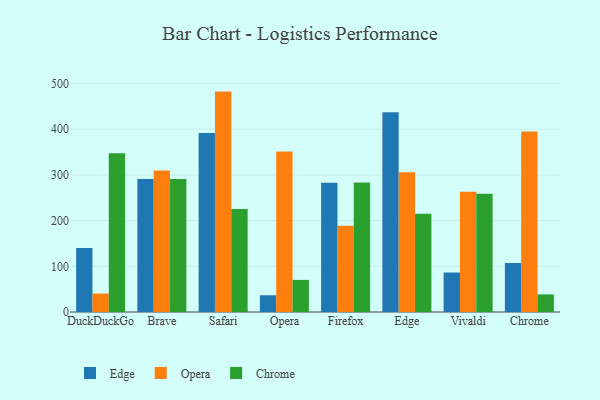
{"axis": {"x": "Browser", "y": "Bounce Rate (%)"}, "legend": ["Chrome", "Edge", "Opera"], "data": [{"x": "DuckDuckGo", "y": 140.2, "type": "Edge"}, {"x": "DuckDuckGo", "y": 40.5, "type": "Opera"}, {"x": "DuckDuckGo", "y": 347.5, "type": "Chrome"}, {"x": "Brave", "y": 290.8, "type": "Edge"}, {"x": "Brave", "y": 309.7, "type": "Opera"}, {"x": "Brave", "y": 291.3, "type": "Chrome"}, {"x": "Safari", "y": 391.8, "type": "Edge"}, {"x": "Safari", "y": 482.3, "type": "Opera"}, {"x": "Safari", "y": 225.3, "type": "Chrome"}, {"x": "Opera", "y": 36.6, "type": "Edge"}, {"x": "Opera", "y": 351.2, "type": "Opera"}, {"x": "Opera", "y": 70.2, "type": "Chrome"}, {"x": "Firefox", "y": 282.7, "type": "Edge"}, {"x": "Firefox", "y": 188.9, "type": "Opera"}, {"x": "Firefox", "y": 283.5, "type": "Chrome"}, {"x": "Edge", "y": 437.2, "type": "Edge"}, {"x": "Edge", "y": 306.0, "type": "Opera"}, {"x": "Edge", "y": 215.0, "type": "Chrome"}, {"x": "Vivaldi", "y": 86.4, "type": "Edge"}, {"x": "Vivaldi", "y": 263.2, "type": "Opera"}, {"x": "Vivaldi", "y": 259.0, "type": "Chrome"}, {"x": "Chrome", "y": 107.3, "type": "Edge"}, {"x": "Chrome", "y": 395.2, "type": "Opera"}, {"x": "Chrome", "y": 38.5, "type": "Chrome"}]}